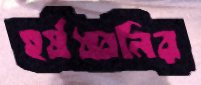
হর্ষধ্বনির